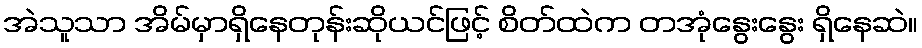
အဲသူသာ အိမ်မှာရှိနေတုန်းဆိုယင်ဖြင့် စိတ်ထဲက တအုံနွေးနွေး ရှိနေဆဲ။